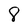
Character: 8